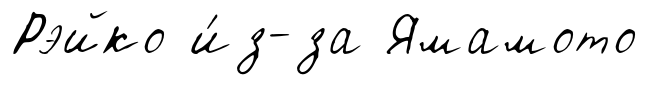
Рэйко и́з-за Ямамото